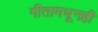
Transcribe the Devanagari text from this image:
गीतामधूनही